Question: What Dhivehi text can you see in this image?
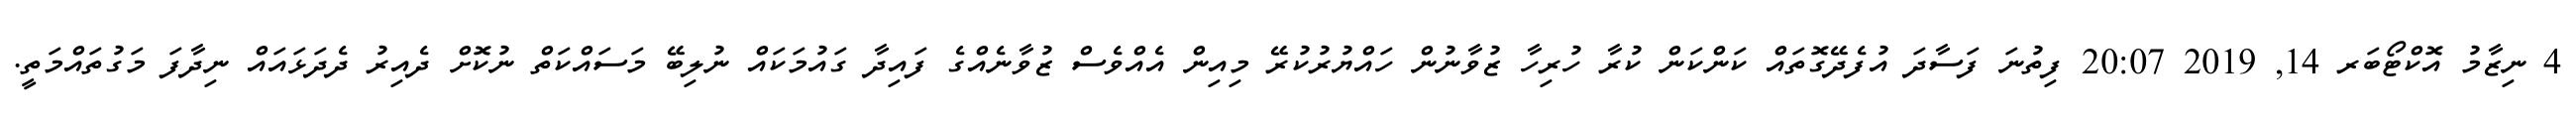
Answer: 4 ނިޒާމު އޮކްޓޯބަރ 14, 2019 20:07 ފިތުނަ ފަސާދަ އުފެދޭގޮތައް ކަންކަން ކުރާ ހުރިހާ ޒުވާނުން ހައްޔުރުކުރޭ މިއިން އެއްވެސް ޒުވާނެއްގެ ފައިދާ ގައުމަކައް ނުލިބޭ މަސައްކަތް ނުކޮށް ދެއިރު ދެދަޅައައް ނިދާފަ މަގުތައްމަތީ.